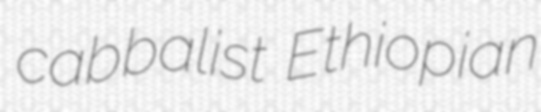
cabbalist Ethiopian